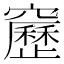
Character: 𥨻